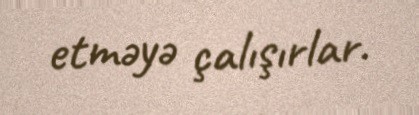
etməyə çalışırlar.